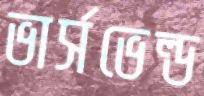
ভার্সভেল্ড